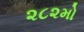
૨૮૨મો